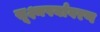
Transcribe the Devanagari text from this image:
सूक्ष्मपर्यावरण